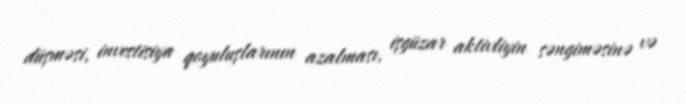
düşməsi, investisiya qoyuluşlarının azalması, işgüzar aktivliyin səngiməsinə və